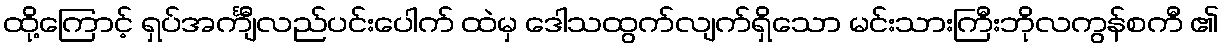
ထို့ကြောင့် ရှပ်အင်္ကျီလည်ပင်းပေါက် ထဲမှ ဒေါသထွက်လျက်ရှိသော မင်းသားကြီးဘိုလကွန်စကီ ၏